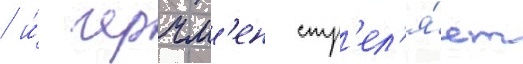
/ и́ черчм'ен стр'ел'я́ет